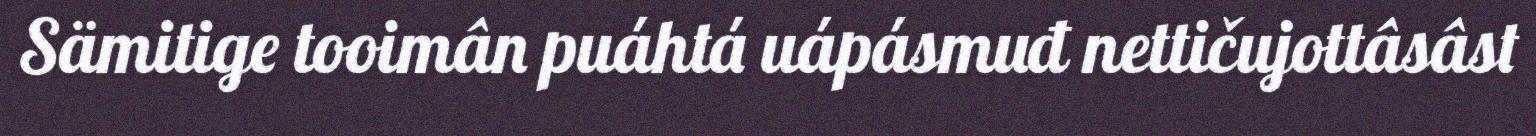
Sämitige tooimân puáhtá uápásmuđ nettičujottâsâst